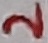
Text: 2